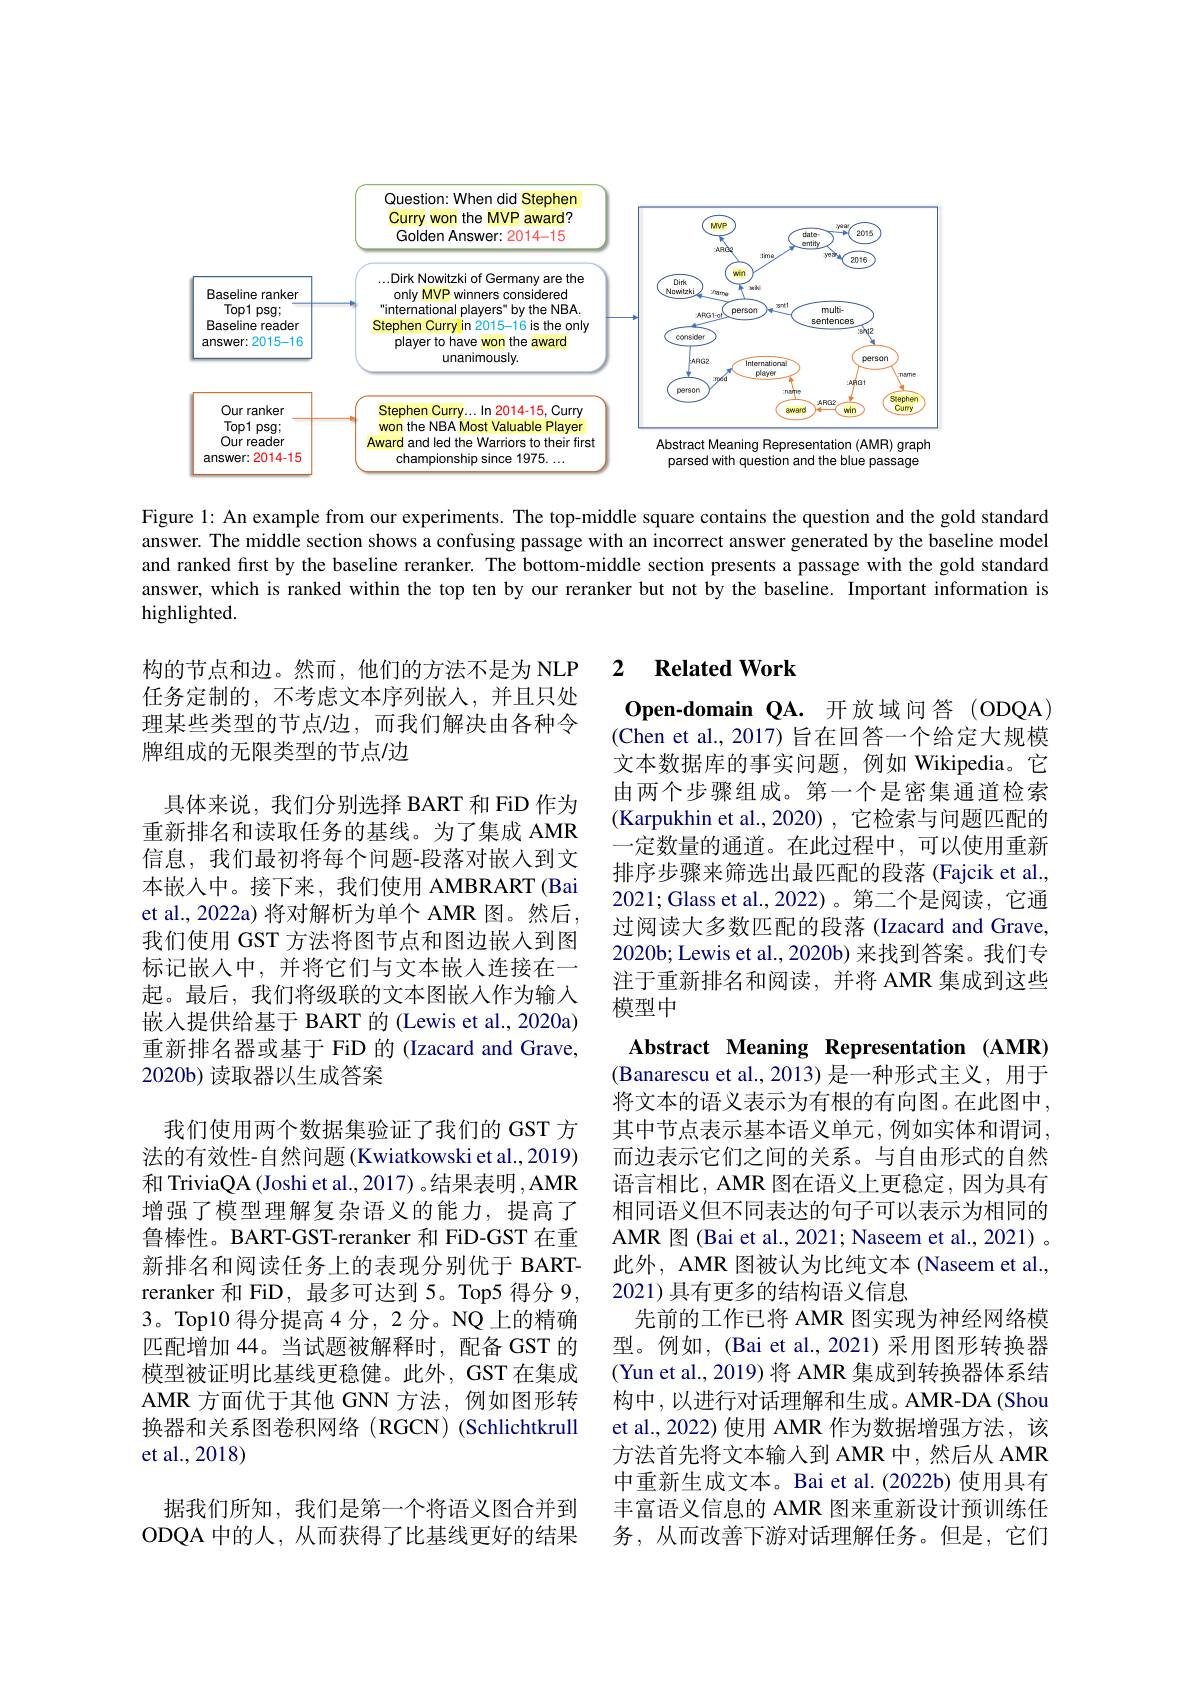
<FigureHere>

Figure 1: An example from our experiments. The top-middle square contains the question and the gold standard answer. The middle section shows a confusing passage with an incorrect answer generated by the baseline model and ranked first by the baseline reranker. The bottom-middle section presents a passage with the gold standard answer, which is ranked within the top ten by our reranker but not by the baseline. Important information is highlighted.

### 2 $\textbf{Related Work}$

构的节点和边。然而，他们的方法不是为 NLP 任务定制的，不考虑文本序列嵌入，并且只处理某些类型的节点/边，而我们解决由各种令牌组成的无限类型的节点/边

$\mathbf{O}$pen-domain QA. 开放域问答(ODQA) (Chen et al., 2017) 旨在回答一个给定大规模文本数据库的事实问题，例如 Wikipedia。它由两个步骤组成。第一个是密集通道检索(Karpukhin et al.,2020), 它检索与问题匹配的一定数量的通道。在此过程中，可以使用重新排序步骤来筛选出最匹配的段落(Fajcik et al., 2021; Glass et al.,2022)。第二个是阅读，它通过阅读大多数匹配的段落 (Izacard and Grave, 2020b; Lewis et al., 2020b) 来找到答案。我们专注于重新排名和阅读，并将 AMR 集成到这些模型中

具体来说，我们分别选择 BART 和 FiD 作为重新排名和读取任务的基线。为了集成 AMR 信息，我们最初将每个问题-段落对嵌入到文本嵌入中。接下来，我们使用 AMBRART (Bai et al., 2022a) 将对解析为单个 AMR 图。然后， 我们使用 GST 方法将图节点和图边嵌入到图标记嵌人中、并将它们与文本嵌入连接在一起。最后，我们将级联的文本图嵌人作为输入嵌入提供给基于 BART 的 (Lewis et al., 2020a) 重新排名器或基于 FiD 的 (Izacard and Grave, 2020b) 读取器以生成答案
我们使用两个数据集验证了我们的 GST 方法的有效性-自然问题(Kwiatkowski et al., 2019) 和 TriviaQA (Joshi et al., 2017) 。结果表明，AMR 增强了模型理解复杂语义的能力，提高了鲁棒性。BART-GST-reranker 和 FiD-GST 在重新排名和阅读任务上的表现分别优于 BARTreranker 和 FiD, 最多可达到 5。Top5 得分 9, 3。Top10 得分提高 4 分，2 分。NQ 上的精确匹配增加 44。当试题被解释时，配备 GST 的模型被证明比基线更稳健。此外，GST 在集成AMR 方面优于其他 GNN 方法，例如图形转换器和关系图卷积网络(RGCN)(Schlichtkrull et al.,2018)
据我们所知，我们是第一个将语义图合并到ODQA 中的人，从而获得了比基线更好的结果

Abstract Meaning Representation (AMR) (Banarescu et al., 2013) 是一种形式主义，用于将文本的语义表示为有根的有向图。在此图中， 其中节点表示基本语义单元，例如实体和谓词， 而边表示它们之间的关系。与自由形式的自然语言相比，AMR 图在语义上更稳定，因为具有相同语义但不同表达的句子可以表示为相同的AMR 图 (Bai et al., 2021; Naseem et al., 2021) 。此外，AMR 图被认为比纯文本 (Naseem et al., 2021) 具有更多的结构语义信息
先前的工作已将 AMR 图实现为神经网络模型。例如，(Bai et al.,2021)采用图形转换器(Yun et al., 2019) 将 AMR 集成到转换器体系结构中，以进行对话理解和生成。AMR-DA(Shou et al.,2022) 使用 AMR 作为数据增强方法，该方法首先将文本输入到 AMR 中，然后从 AMR 中重新生成文本。Bai et al.(2022b) 使用具有丰富语义信息的 AMR 图来重新设计预训练任务，从而改善下游对话理解任务。但是，它们